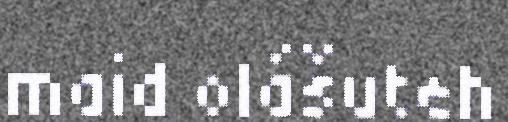
maid olášuteh